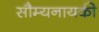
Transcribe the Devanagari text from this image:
सौम्यनायकी